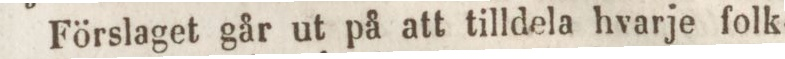
Förslaget går ut på att tilldela hvarje folk-